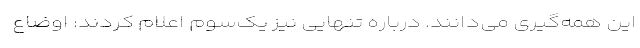
این همه‌گیری می‌دانند. درباره تنهایی نیز یک‌سوم اعلام کردند: اوضاع